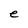
Character: e